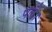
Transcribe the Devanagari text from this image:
पले।